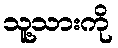
သူ့သားကို